Sanitation, dispensaries and jails vaccination Rajputana 1922-1927 - 1922-1927
Year: 1922
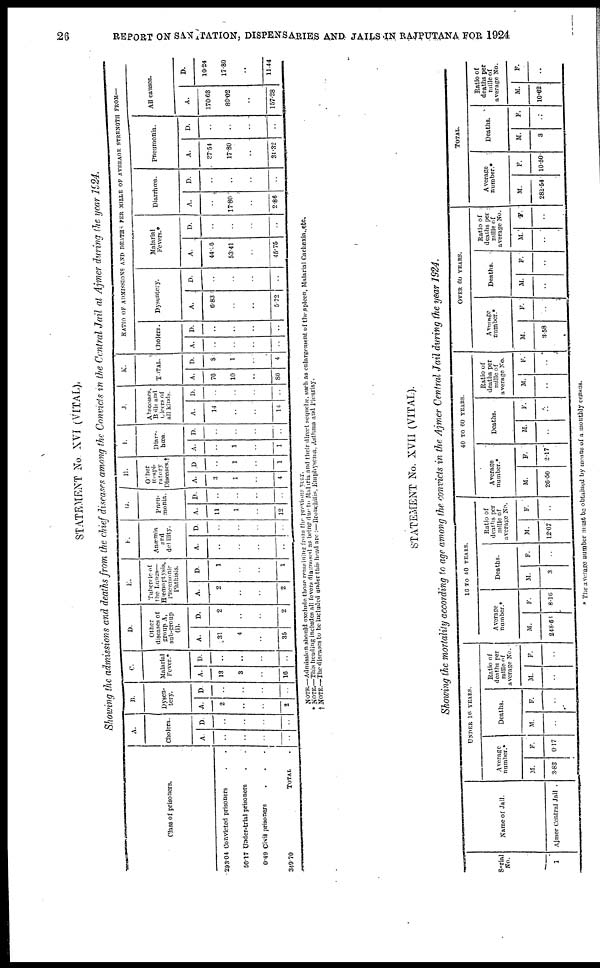
26
REPORT ON SANATATION, DISPENSARIES AND JAILS IN RAJPUTANA FOR 1924
STATEMENT No. XVI (VITAL).
Showing the admissions and deaths from the chief diseases among the Convicts in the Central Jail at Ajmer during the year 1924.
Class of prisoners.
293.04 Convicted prisoners ..
56.17 Under-trial prisoners ..
0.49 Civil prisoners
...
349.70
TOTAL.
A.
Cholera.
A.
..
..
..
..
D.
..
..
..
..
B.
Dysen-
tery.
A.
2
..
..
2
D.
..
..
..
..
C
Malarial
Fever.*
A.
13
3
..
16
D.
..
..
..
..
D.
Other
diseases of
group A,
sub-croup
(i).
A.
31
4
..
35
D.
2
..
..
2
E.
Tubercle of
the Lungs—
Hæmoptysis,
Pneumonic
Phthisis.
A.
2
..
..
2
D.
1
..
..
1
F.
Anæmia
and
debility.
A.
..
..
..
..
D.
..
..
..
..
G.
Pneu-
monia.
A.
11
1
..
12
D.
..
..
..
..
H.
Other
Respi-
ratory
Diseases.†
A.
3
1
..
4
D
..
1
..
1
I.
Diarr-
hœa.
A.
..
1
..
1
D.
..
..
..
..
J.
Abscesses,
Boils and
Ulecrs of
all kinds.
A.
14
..
..
14
D.
..
..
..
..
K.
TOTAL.
A.
76
10
..
86
D.
3
1
..
4
RATIO OF ADMISSIONS AND DEATHS PER MILLE OF AVERAGE STRENGTH FROM—
Cholera.
A.
..
..
..
..
D.
..
..
..
..
Dysentery.
A.
6.83
..
..
5.72
D.
..
..
..
..
Malarial
Fevers.*
A.
44.06
53.41
..
45.75
D.
..
..
..
..
Diarrhœa.
A.
..
17.80
..
2.86
D.
..
..
..
..
pneumonia.
A.
37.54
17.80
..
31.32
D.
..
..
..
..
All causes.
A.
170.63
89.02
..
157.28
D.
10.24
17.80
..
11.44
NOTE.—Admission should exclude those remaining from the previous year.
* NOTE.—This heading includes all fevers diagnosed as being due to Maliria and their direct sequclæ. such as enlargement of the.spleen, Malarial Cachexia.etc.
† NOTE.—The diseases to be included under this head are :—Bronchitis, Emphyscina, Asthma and Pleurisy.
STATEMENT No. XVII (VITAL).
Showing the mortality according to age among the convicts in the Ajmer Central Jail during the year 1924.
Serial
No.
1
Name of Jail.
Ajmer Central Jail .
UNDER 16 YEARS.
Average
number.*
M.
3.83
F.
0.17
Deaths.
M.
..
F.
..
Ratio of
deaths per
mille of
average No.
M.
..
F.
..
16 TO 40 YEARS.
Average
number.*
M.
248.61
F.
8.16
Deaths.
M.
3
F.
..
Ratio of
deaths per
mille of
average No.
M.
12.07
F.
..
40 TO 60 YEARS.
Average
number.*
M.
26.50
F.
2.17
Deaths.
M.
..
F.
..
Ratio of
deaths per
mille of
average No.
M.
..
F.
..
OVER 60 YEARS.
Average
number.*
M.
3.58
F.
..
Deaths.
M.
..
F.
..
Ratio of
deaths per
mille of
average No.
M.
..
F.
..
TOTAL.
Average
number.*
M.
282.54
F.
10.50
Deaths.
M.
3
F.
..
Ratio of
deaths per
mille of
average No.
M.
10.62
F.
..
* The average number must be obtained by means of a monthly census.